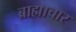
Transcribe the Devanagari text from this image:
ब्राह्माचार